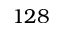
1 2 8